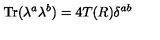
\mathrm { T r } ( \lambda ^ { a } \lambda ^ { b } ) = 4 T ( R ) \delta ^ { a b }